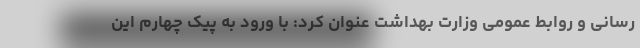
رسانی و روابط عمومی وزارت بهداشت عنوان کرد: با ورود به پیک چهارم این